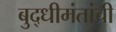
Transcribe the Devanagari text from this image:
बुद्धीमंतांची